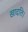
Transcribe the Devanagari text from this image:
खादति।